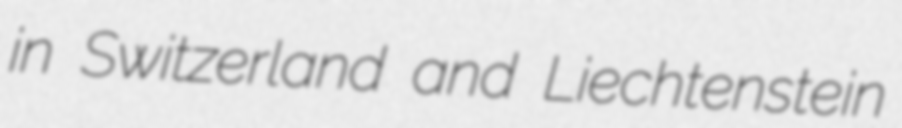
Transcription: in Switzerland and Liechtenstein